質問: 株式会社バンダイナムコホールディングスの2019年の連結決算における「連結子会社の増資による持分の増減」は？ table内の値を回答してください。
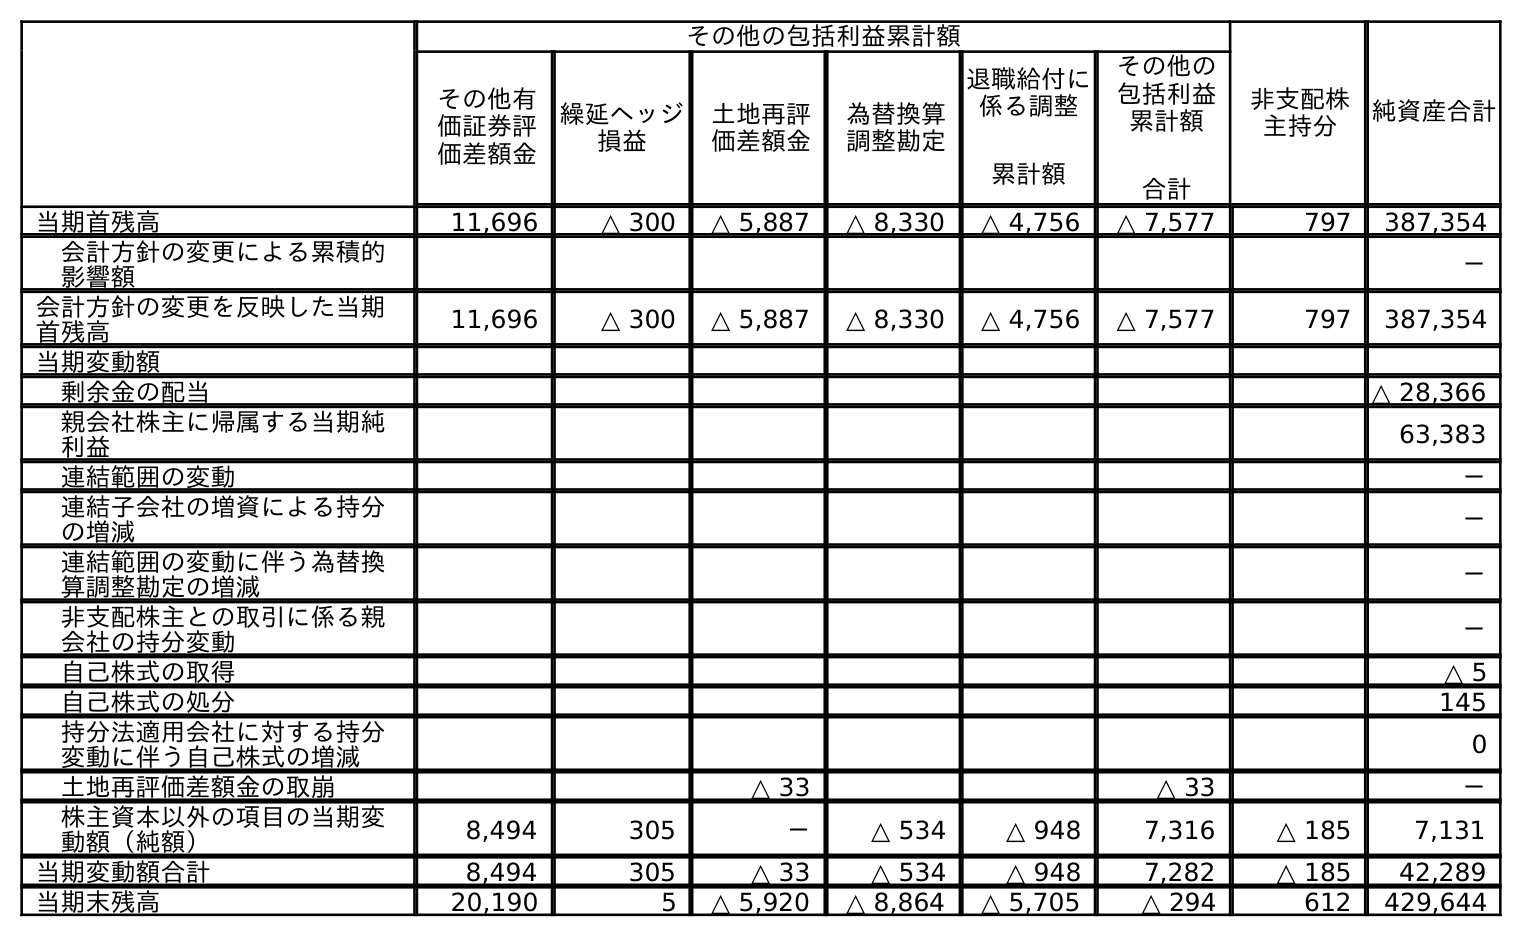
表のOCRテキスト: その他の包括利益累計額 非支配株 主持分 純資産合計 その他有 価証券評 価差額金 繰延ヘッジ 損益 土地再評 価差額金 為替換算 調整勘定 退職給付に 係る調整 累計額 その他の 包括利益 累計額 合計 当期首残高 11,696 △ 300 △ 5,887 △ 8,330 △ 4,756 △ 7,577 797 387,354 会計方針の変更による累積的 影響額 － 会計方針の変更を反映した当期 首残高 11,696 △ 300 △ 5,887 △ 8,330 △ 4,756 △ 7,577 797 387,354 当期変動額 剰余金の配当 △ 28,366 親会社株主に帰属する当期純 利益 63,383 連結範囲の変動 － 連結子会社の増資による持分 の増減 － 連結範囲の変動に伴う為替換 算調整勘定の増減 － 非支配株主との取引に係る親 会社の持分変動 － 自己株式の取得 △ 5 自己株式の処分 145 持分法適用会社に対する持分 変動に伴う自己株式の増減 0 土地再評価差額金の取崩 △ 33 △ 33 － 株主資本以外の項目の当期変 動額（純額） 8,494 305 － △ 534 △ 948 7,316 △ 185 7,131 当期変動額合計 8,494 305 △ 33 △ 534 △ 948 7,282 △ 185 42,289 当期末残高 20,190 5 △ 5,920 △ 8,864 △ 5,705 △ 294 612 429,644
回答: －